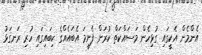
އެންމެން އެކީގައި ގުޅިހެން މަސައްކަތް ކުރަން ފެށީމަ އެބައެއްގެ ކިބައިގައި ހުރި ރަނގަޅު